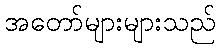
အတော်များများသည်